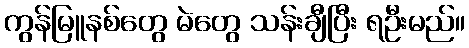
ကွန်မြူနစ်တွေ မဲတွေ သန်းချီပြီး ရဦးမည်။